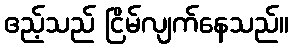
ဧည့်သည် ငြိမ်လျက်နေသည်။